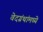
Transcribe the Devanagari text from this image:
वेदग्रंथांमध्ये